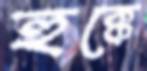
হুক্কে